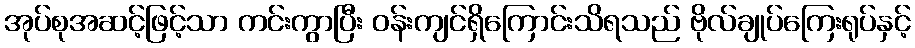
အုပ်စုအဆင့်ဖြင့်သာ ကင်းကွာပြီး ဝန်းကျင်ရှိကြောင်းသိရသည် ဗိုလ်ချုပ်ကြေးရုပ်နှင့်